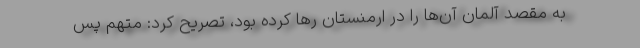
به مقصد آلمان آن‌ها را در ارمنستان رها کرده بود، تصریح کرد: متهم پس